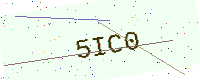
Text: 5IC0